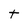
Character: t